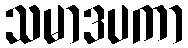
သမာဒပကာ